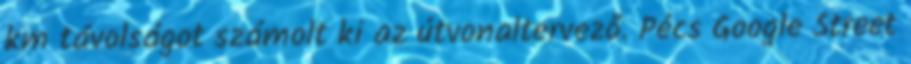
km távolságot számolt ki az útvonaltervező. Pécs Google Street